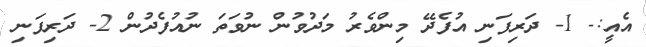
އެއީ:- 1- ދަރިފަނި އުފެދޭ މިންވެރު މަދުވުން ނުވަތަ ނުއުފެދުން 2- ދަރިފަނި